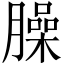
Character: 臊